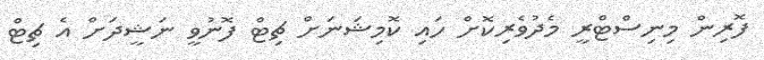
ފޮރިން މިނިސްޓްރީ މެދުވެރިކޮށް ހައި ކޮމިޝަނަށް ޗިޓް ފޮނުވީ ނަޝީދަށް އެ ޗިޓް